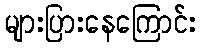
များပြားနေကြောင်း